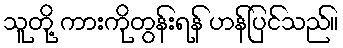
သူတို့ ကားကိုတွန်းရန် ဟန်ပြင်သည်။